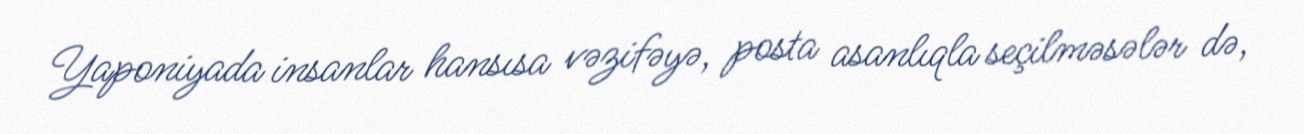
Yaponiyada insanlar hansısa vəzifəyə, posta asanlıqla seçilməsələr də,